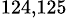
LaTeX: ^{124,125}